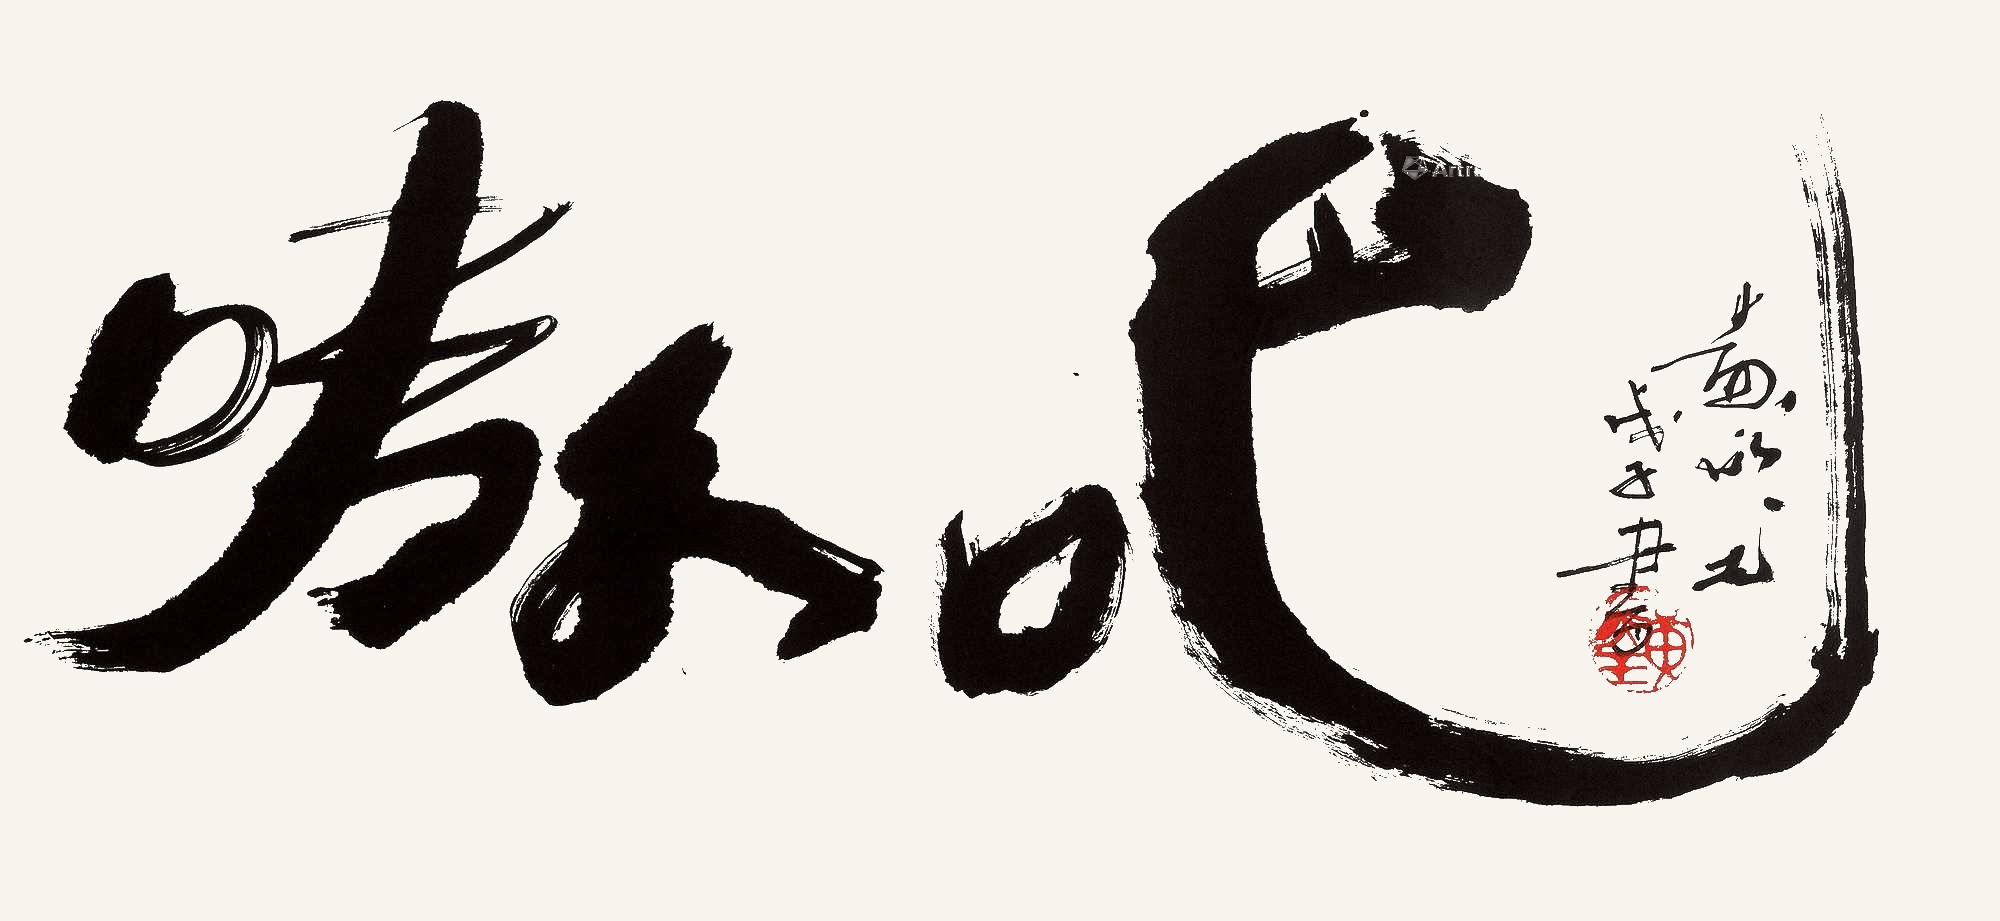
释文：嗷吧。戊子（2008年）书。